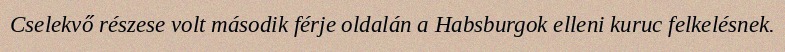
Cselekvő részese volt második férje oldalán a Habsburgok elleni kuruc felkelésnek.